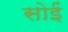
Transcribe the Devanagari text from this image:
सोईं